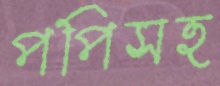
পপিসহ